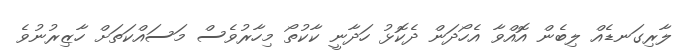
ލާރިގަނޑެއް ލިބެން އޮއްވާ އެހޯދަން ދެކޮޅު ހަދާނީ ކާކުތޯ މިހާރުވެސް މަސައްކަތަށް ހާޒިރުނުވެ